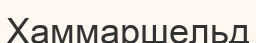
Хаммаршельд